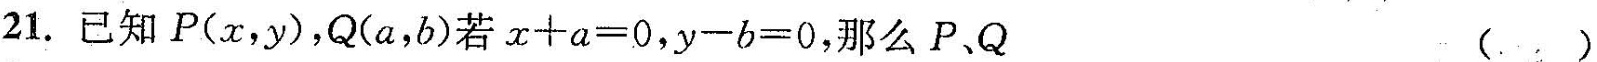
21.已知P(x，y)，Q(a，b)若$$x + a = 0$$，$$y 一 b = 0$$，那么P、Q()